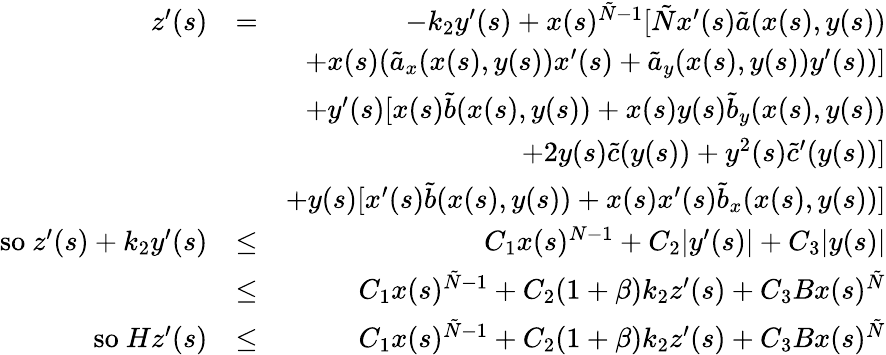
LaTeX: \begin{array}{rlr}{z^{\prime}(s)}&{=}&{-k_{2}y^{\prime}(s)+x(s)^{\tilde{N}-1}[\tilde{N}x^{\prime}(s)\tilde{a}(x(s),y(s))}\\ &{}&{+x(s)(\tilde{a}_{x}(x(s),y(s))x^{\prime}(s)+\tilde{a}_{y}(x(s),y(s))y^{\prime}(s))]}\\ &{}&{+y^{\prime}(s)[x(s)\tilde{b}(x(s),y(s))+x(s)y(s)\tilde{b}_{y}(x(s),y(s))}\\ &{}&{+2y(s)\tilde{c}(y(s))+y^{2}(s)\tilde{c}^{\prime}(y(s))]}\\ &{}&{+y(s)[x^{\prime}(s)\tilde{b}(x(s),y(s))+x(s)x^{\prime}(s)\tilde{b}_{x}(x(s),y(s))]}\\ {\mathrm{so~}z^{\prime}(s)+k_{2}y^{\prime}(s)}&{\leq}&{C_{1}x(s)^{N-1}+C_{2}|y^{\prime}(s)|+C_{3}|y(s)|}\\ &{\leq}&{C_{1}x(s)^{\tilde{N}-1}+C_{2}(1+\beta)k_{2}z^{\prime}(s)+C_{3}Bx(s)^{\tilde{N}}}\\ {\mathrm{so~}Hz^{\prime}(s)}&{\leq}&{C_{1}x(s)^{\tilde{N}-1}+C_{2}(1+\beta)k_{2}z^{\prime}(s)+C_{3}Bx(s)^{\tilde{N}}}\end{array}